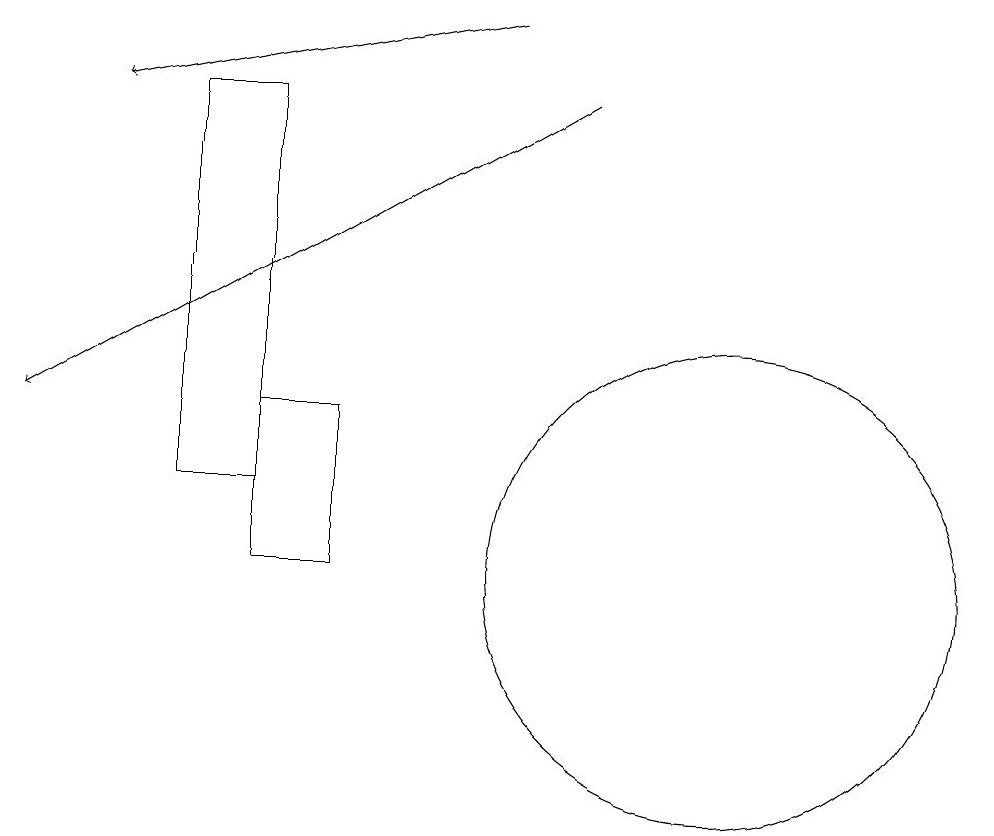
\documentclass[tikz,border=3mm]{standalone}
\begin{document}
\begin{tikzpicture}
\draw (4,17) rectangle (3,12);
\draw (10,11) circle (3);
\draw[->] (7,18) -- (2,17);
\draw (4,13) rectangle (5,11);
\draw[->] (8,17) -- (1,13);
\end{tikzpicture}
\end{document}